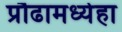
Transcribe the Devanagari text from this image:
प्रौढामध्येहा